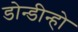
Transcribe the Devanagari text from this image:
डोन्डीन्हो